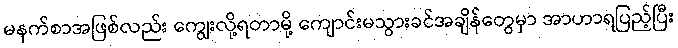
မနက်စာအဖြစ်လည်း ကျွေးလို့ရတာမို့ ကျောင်းမသွားခင်အချိန်တွေမှာ အာဟာရပြည့်ပြီး